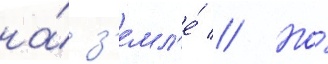
на́ з'емл'е́ // Но́